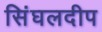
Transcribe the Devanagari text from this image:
सिंघलदीप